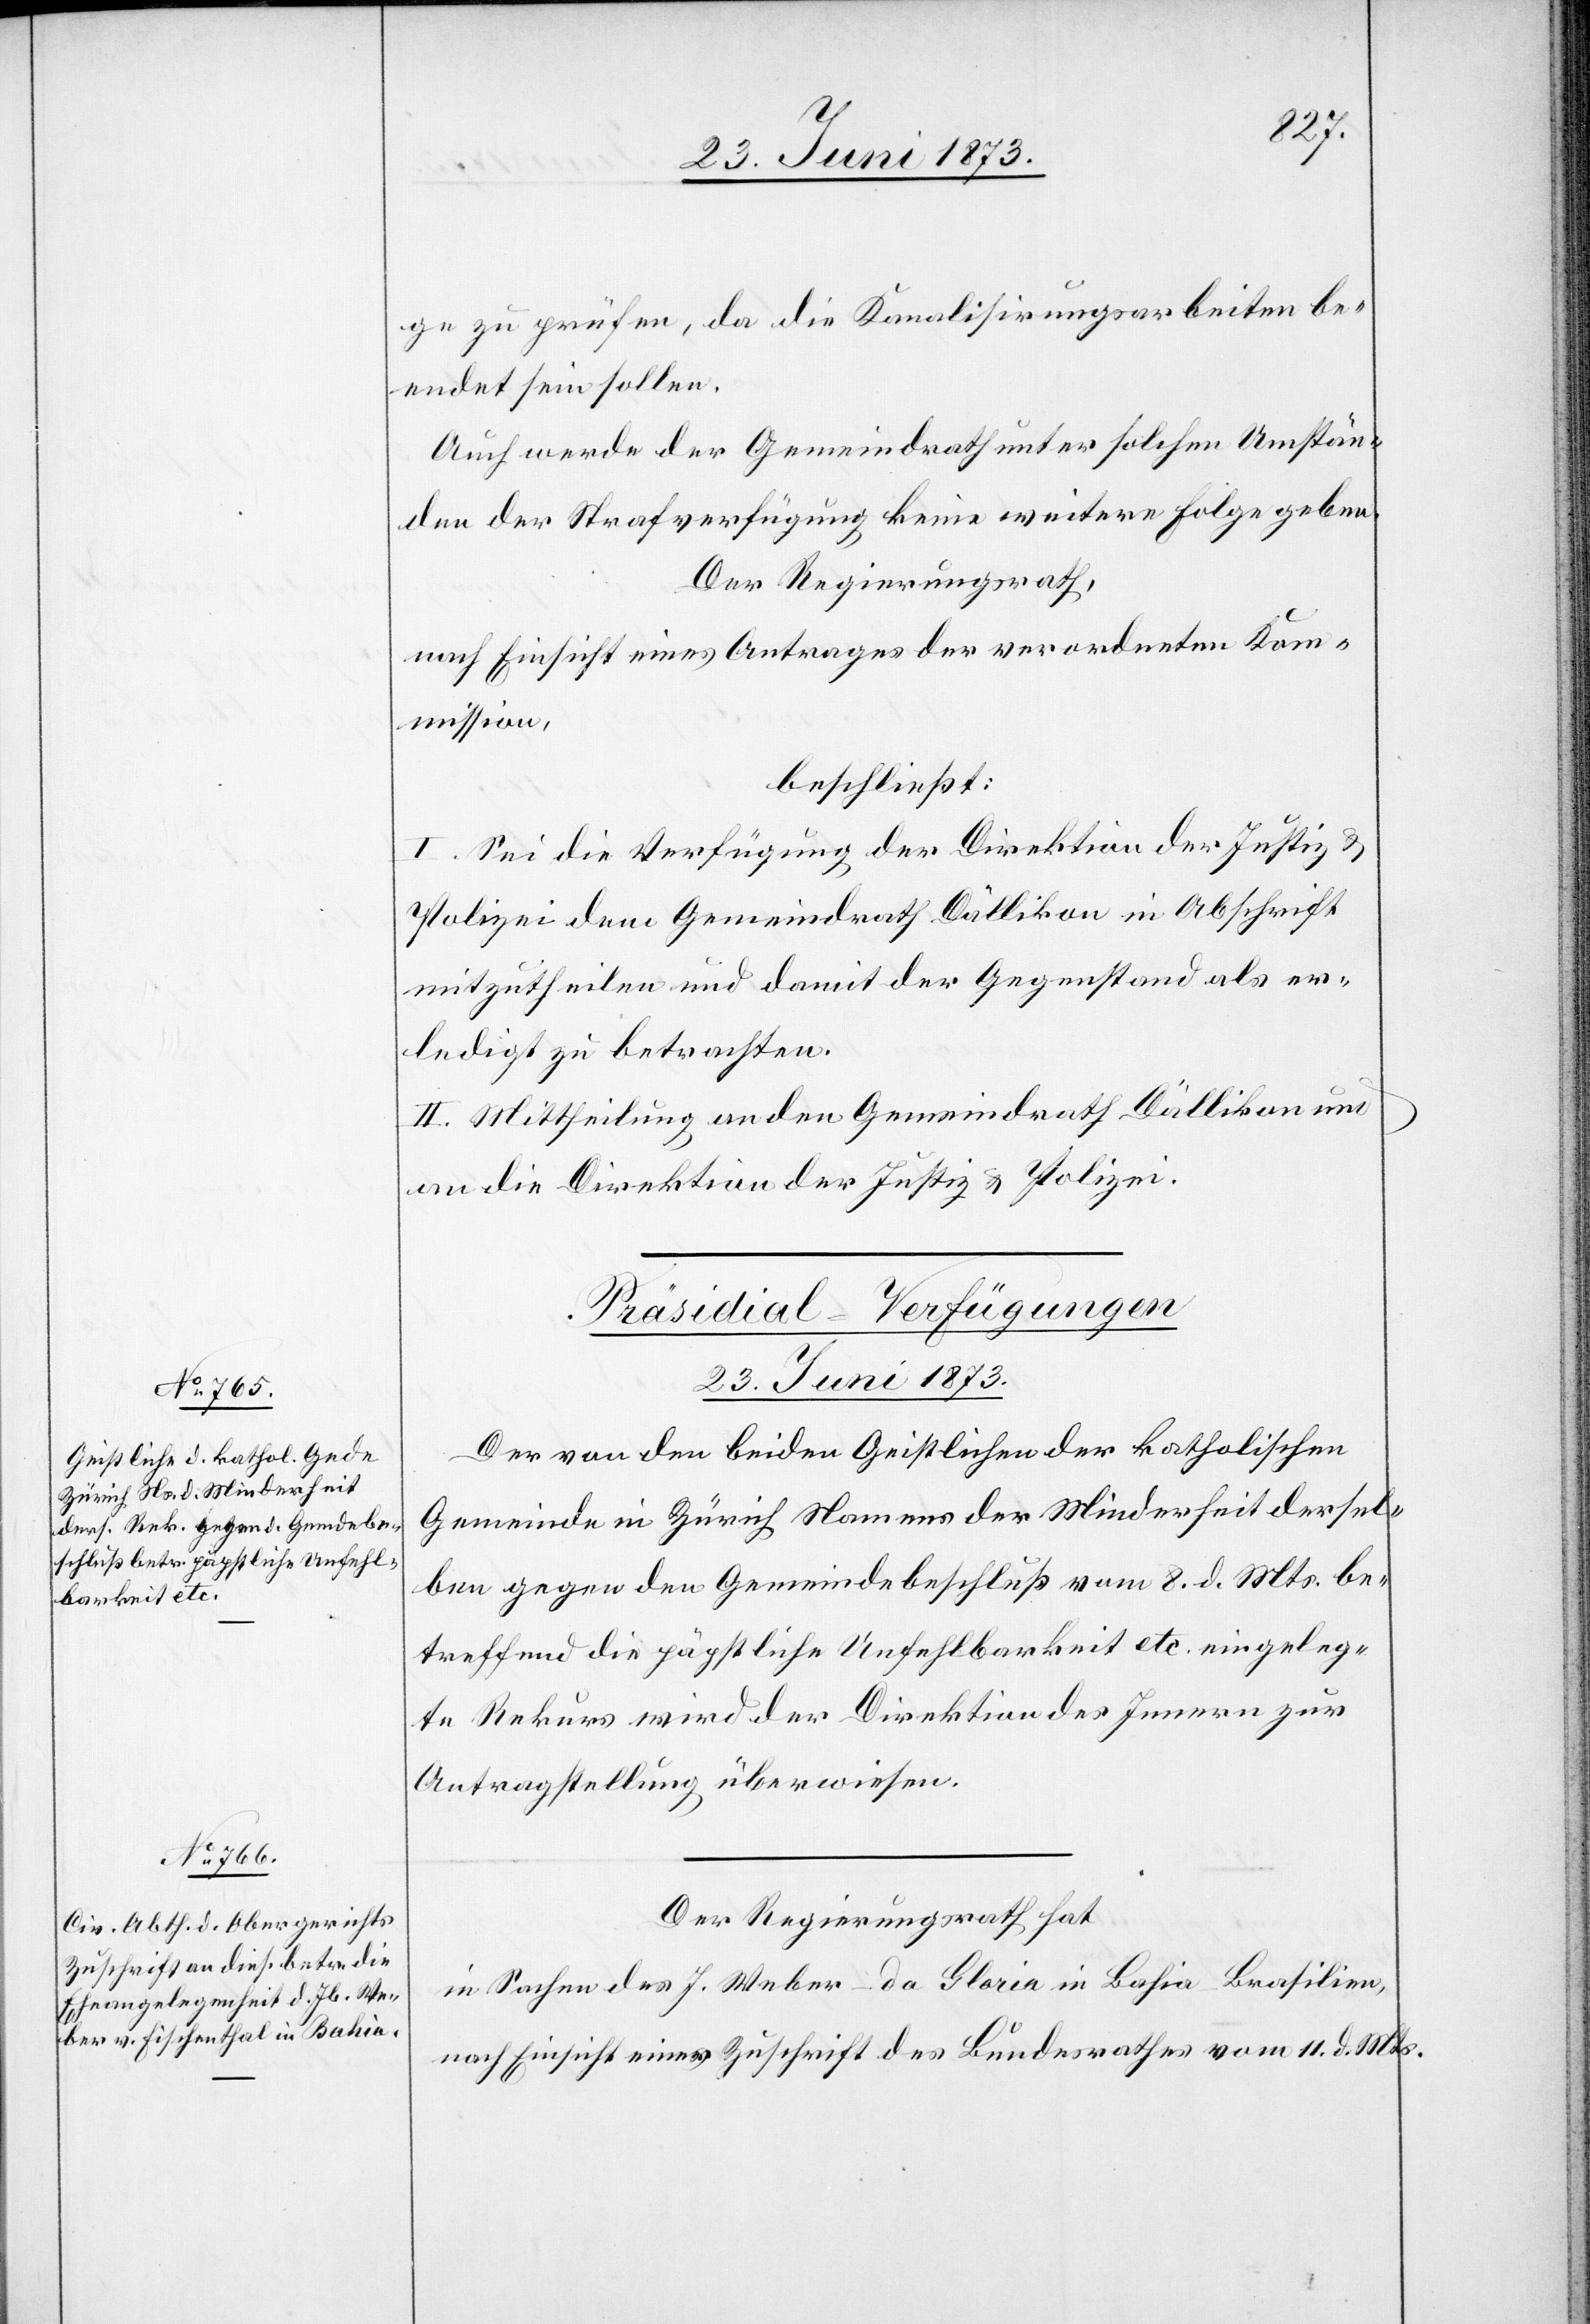
ge zu prüfen, da die Kanalisirungsarbeiten be¬
endet sein sollen.
Auch werde der Gemeindrath unter solchen Umstän¬
den der Strafverfügung keine weitere Folge geben.
Der Regierungsrath,
nach Einsicht eines Antrages der verordneten Kom¬
mission,
beschließt:
I. Sei die Verfügung der Direktion der Justiz &
Polizei dem Gemeindrath Dällikon in Abschrift
mitzutheilen und damit der Gegenstand als er¬
ledigt zu betrachten.
II. Mittheilung an den Gemeindrath Dällikon un¬
d die Direktion der Justiz & Polizei.
[Präsidial-Verfügungen
23. Juni 1873.]
Der von den beiden Geistlichen der katholischen
Gemeinde in Zürich Namens der Minderheit dersel¬
ben gegen den Gemeindebeschluß vom 8. d. Mts. be¬
treffend die päpstliche Unfehlbarkeit etc. eingeleg¬
te Rekurs wird der Direktion des Innern zur
Antragstellung überwiesen.
Der Regierungsrath hat
in Sachen des J. Weber-da Gloria in Bahia-Brasilien,
nach Einsicht einer Zuschrift des Bundesrathes vom 11. d. Mts.